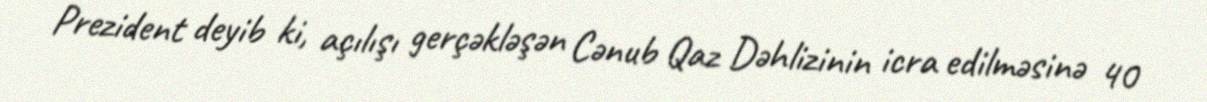
Prezident deyib ki, açılışı gerçəkləşən Cənub Qaz Dəhlizinin icra edilməsinə 40